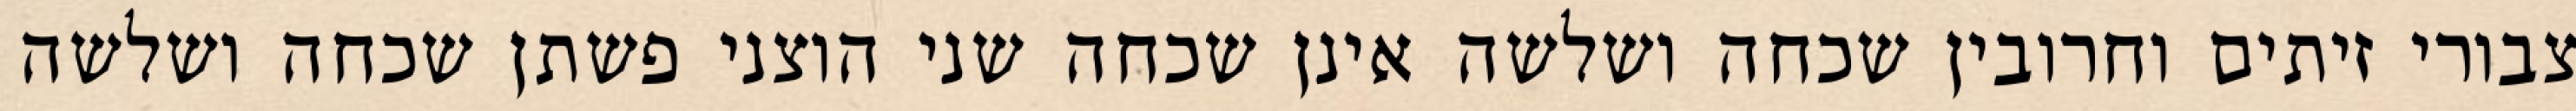
צבורי זיתים וחרובין שכחה ושלשה אינן שכחה שני הוצני פשתן שכחה ושלשה